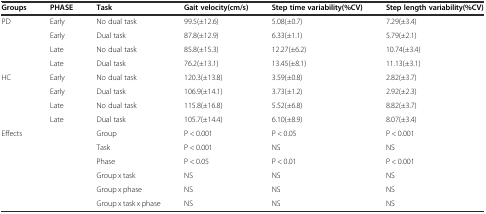
| Groups | PHASE | Task | Gait velocity(cm/s) | Step time variability(%CV) | Step length variability(%CV) |
 | --- | --- | --- | --- | --- | --- |
 | PD | Early | No dual task | 99.5(±12.6) | 5.08(±0.7) | 7.29(±3.4) |
 |  | Early | Dual task | 87.8(±12.9) | 6.33(±1.1) | 5.79(±2.1) |
 |  | Late | No dual task | 85.8(±15.3) | 12.27(±6.2) | 10.74(±3.4) |
 |  | Late | Dual task | 76.2(±13.1) | 13.45(±8.1) | 11.13(±3.1) |
 | HC | Early | No dual task | 120.3(±13.8) | 3.59(±0.8) | 2.82(±3.7) |
 |  | Early | Dual task | 106.9(±14.1) | 3.73(±1.2) | 2.92(±2.3) |
 |  | Late | No dual task | 115.8(±16.8) | 5.52(±6.8) | 8.82(±3.7) |
 |  | Late | Dual task | 105.7(±14.4) | 6.10(±8.9) | 8.07(±3.4) |
 | <ROWSPAN=6-COLSPAN=2> Effects | Group | P < 0.001 | P < 0.05 | P < 0.001 |
 | Task | P < 0.001 | NS | NS |
 | Phase | P < 0.05 | P < 0.01 | P < 0.001 |
 | Group x task | NS | NS | NS |
 | Group x phase | NS | NS | NS |
 | Group x task x phase | NS | NS | NS |